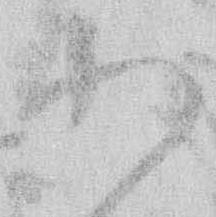
わ